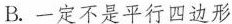
B.一定不是平行四边形